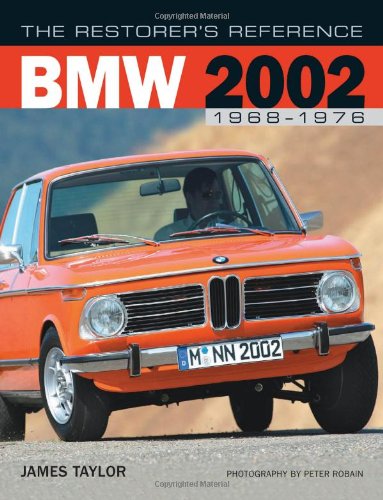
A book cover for The Restorer's Reference BMW 2002 1968-1976; James Taylor; Engineering & Transportation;